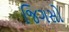
જિગસો